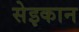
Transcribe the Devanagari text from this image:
सेइकान